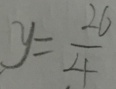
y = \frac { 2 6 } { 4 }